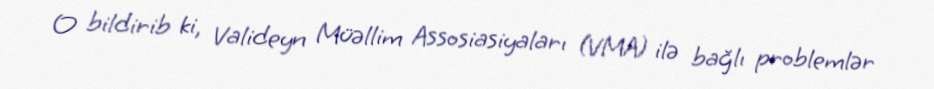
O bildirib ki, Valideyn Müəllim Assosiasiyaları (VMA) ilə bağlı problemlər